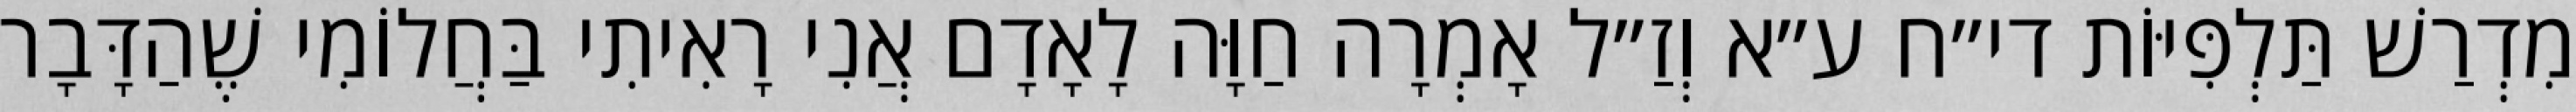
מִדְרַשׁ תַּלְפִּיּוֹת די״ח ע״א וְזַ״ל אָמְרָה חַוָּה לָאָדָם אֲנִי רָאִיתִי בַּחֲלוֹמִי שֶׁהַדָּבָר